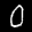
Label: 0